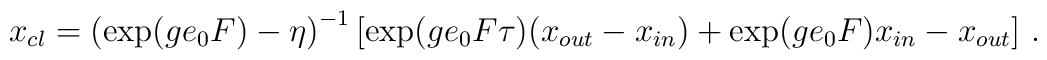
x\sb{cl}=\left(\exp(ge\sb0F)-\eta\right)\sp{-1}\left\lbrack\exp(ge\sb0F\tau)(x\sb{out}-x\sb{in})+\exp(ge\sb0F)x\sb{in}-x\sb{out}\right\rbrack\,.